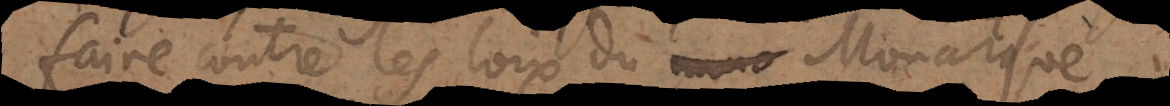
faire contre les loix du Monarque